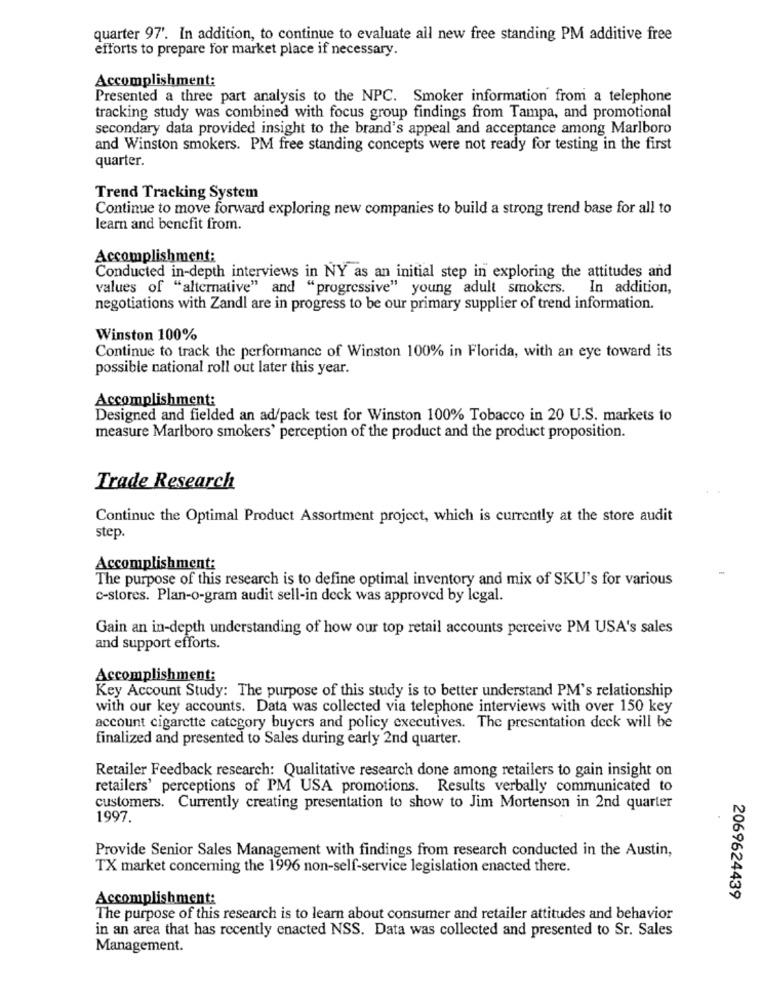
quarter 97'. In addition, to continue to evaluate all new free standing PM additive free
efforts to prepare for market place if necessary.
Accomplishment:
Presented a three part analysis to the NPC. Smoker information from a telephone
tracking study was combined with focus group findings from Tampa, and promotional
secondary data provided insight to the brand's appeal and acceptance among Marlboro
and Winston smokers. PM free standing concepts were not ready for testing in the first
quarter.
Trend Tracking System
Continue to move forward exploring new companies to build a strong trend base for all to
learn and benefit from.
Accomplishment:
Conducted in-depth interviews in NY as an initial step in exploring the attitudes and
values of "alternative" and "progressive" young adult smokers. In addition,
negotiations with Zandl are in progress to be our primary supplier of trend information.
Winston 100%
Continue to track the performance of Winston 100% in Florida, with an eye toward its
possible national roll out later this year.
Accomplishment:
Designed and fielded an ad/pack test for Winston 100% Tobacco in 20 U.S. markets to
measure Marlboro smokers' perception of the product and the product proposition.
Trade Research
Continue the Optimal Product Assortment project, which is currently at the store audit
step.
Accomplishment:
The purpose of this research is to define optimal inventory and mix of SKU's for various
c-stores. Plan-o-gram audit sell-in deck was approved by legal.
Gain an in-depth understanding of how our top retail accounts perceive PM USA's sales
and support efforts.
Accomplishment:
Key Account Study: The purpose of this study is to better understand PM's relationship
with our key accounts. Data was collected via telephone interviews with over 150 key
account cigarette category buyers and policy executives. The presentation deck will be
finalized and presented to Sales during early 2nd quarter.
Retailer Feedback research: Qualitative research done among retailers to gain insight on
retailers' perceptions of PM USA promotions. Results verbally communicated to
customers. Currently creating presentation to show to Jim Mortenson in 2nd quarter
1997.
Provide Senior Sales Management with findings from research conducted in the Austin,
TX market concerning the 1996 non-self-service legislation enacted there.
Accomplishment:
2069624439
The purpose of this research is to learn about consumer and retailer attitudes and behavior
in an area that has recently enacted NSS. Data was collected and presented to Sr. Sales
Management.